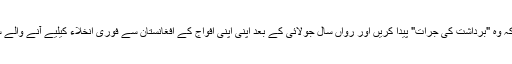
رابرٹ گیٹس نے نیٹو کے رکن ممالک پر زور دیا کہ وہ "برداشت کی جرات" پیدا کریں اور رواں سال جولائی کے بعد اپنی اپنی افواج کے افغانستان سے فوری انخلاء کیلیے آنے والے سیاسی دبائو کا مقابلہ کرنے کی حکمتِ عملی بنائیں۔